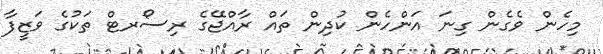
މިހެން ވެގެން ގިނަ އަންހެން ކުދިން ތައް ރާއްޖޭގެ ރިސޯރޓް ތަކުގެ ވަޒީފާ